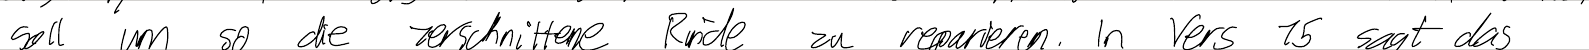
soll um so die zerschnittene Rinde zu reparieren. In Vers 15 sagt das